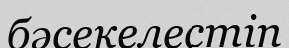
бәсекелестіп